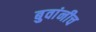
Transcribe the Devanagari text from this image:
बुवांनीच